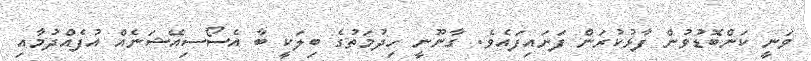
ވަނީ ކަންބޮޑުވުން ފާޅުކުރަން ފަށައިފައެވެ. ގާނޫނީ ހިދުމަތުގެ ބިލަކީ ބާ އެސޯސިއޭޝަނެއް އުފެއްދުމާއި